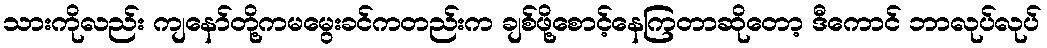
သားကိုလည်း ကျနော်တို့ကမမွေးခင်ကတည်းက ချစ်ဖို့စောင့်နေကြတာဆိုတော့ ဒီကောင် ဘာလုပ်လုပ်